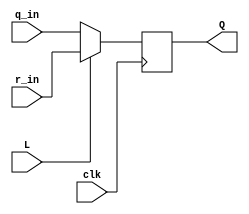
//2022_11_1 kerong
//Mux and DFF
module top_module (
	input clk,
	input L,
	input r_in,
	input q_in,
	output reg Q);

always @(posedge clk)begin
    if(L)begin
        Q <= r_in;
    end
    else begin
        Q <= q_in;
    end
end

endmodule